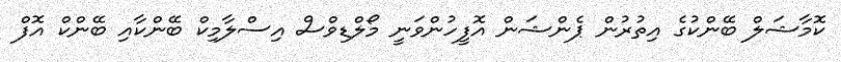
ކޮމާޝަލް ބޭންކުގެ އިތުރުން ޕެންޝަން އޮފީހުންވަނީ މޯލްޑިވްސް އިސްލާމިކް ބޭންކާއި ބޭންކް އޮފް